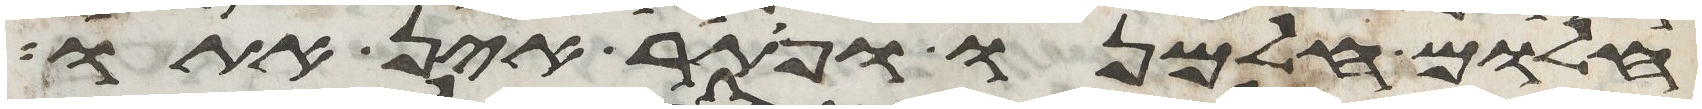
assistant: חלום חלמנו ופתר אין אתו